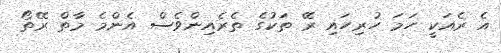
އެ ރެއަކީ ހަމަ ހުރިހައި ރޭ ތަކުގެ ތެރެއިންވެސް އެންމެ މާތް ރޭތޯ